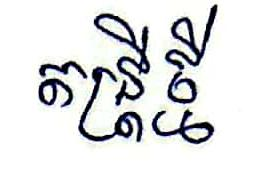
តន្ដ្រីថ្មី